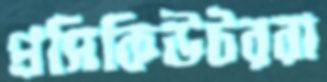
প্রসিকিউটররা